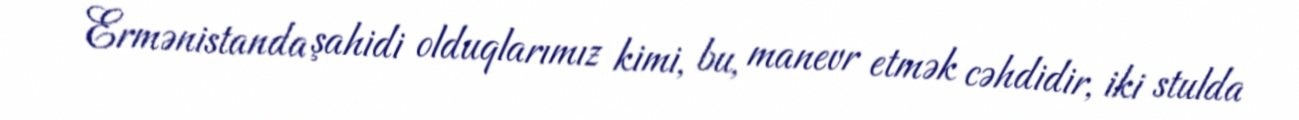
Ermənistanda şahidi olduqlarımız kimi, bu, manevr etmək cəhdidir, iki stulda